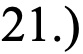
21.)